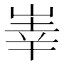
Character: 𱛱